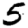
Digit: 5